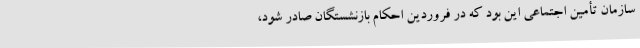
سازمان تأمین اجتماعی این بود که در فروردین احکام بازنشستگان صادر شود،